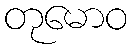
တုမောဝ